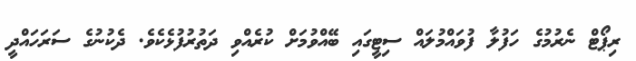
ރިޕޯޓް ނެރުމުގެ ހަފުލާ ފުވައްމުލައް ސިޓީގައި ބޭއްވުމަށް ކުރެއްވި ދަތުރުފުޅެކެވެ. ދެކުނުގެ ސަރަހައްދީ